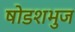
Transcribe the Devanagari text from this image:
षोडशभुज